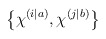
\begin{align*}\left\{ \chi^{\left( i|a\right) },\chi^{\left( j|b\right) }\right\}\end{align*}